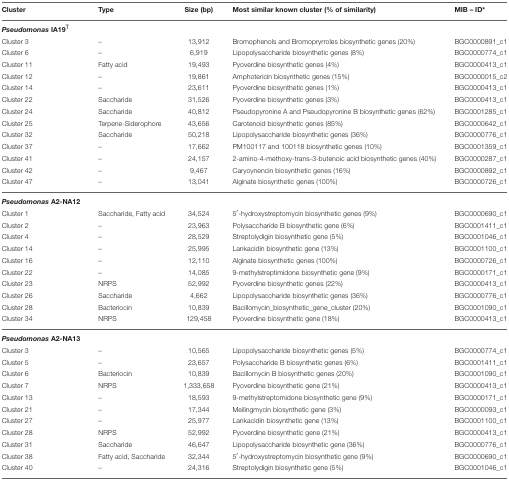
<table><thead><tr><td><b>Cluster</b></td><td><b>Type</b></td><td><b>Size (bp)</b></td><td><b>Most similar known cluster (% of similarity)</b></td><td><b>MIB – ID<sup>*</sup></b></td></tr></thead><tbody><tr><td><i><b>Pseudomonas</b></i><b>IA19</b><sup>T</sup></td></tr><tr><td>Cluster 3</td><td>–</td><td>13,912</td><td>Bromophenols and Bromopryrroles biosynthetic genes (20%)</td><td>BGC0000891_c1</td></tr><tr><td>Cluster 6</td><td>–</td><td>6,919</td><td>Lipopolysaccharide biosynthetic genes (8%)</td><td>BGC0000774_c1</td></tr><tr><td>Cluster 11</td><td>Fatty acid</td><td>19,493</td><td>Pyoverdine biosynthetic genes (4%)</td><td>BGC0000413_c1</td></tr><tr><td>Cluster 12</td><td>–</td><td>19,861</td><td>Amphotericin biosynthetic genes (15%)</td><td>BGC0000015_c2</td></tr><tr><td>Cluster 14</td><td>–</td><td>23,611</td><td>Pyoverdine biosynthetic genes (1%)</td><td>BGC0000413_c1</td></tr><tr><td>Cluster 22</td><td>Saccharide</td><td>31,526</td><td>Pyoverdine biosynthetic genes (3%)</td><td>BGC0000413_c1</td></tr><tr><td>Cluster 24</td><td>Saccharide</td><td>40,812</td><td>Pseudopyronine A and Pseudopyronine B biosynthetic genes (62%)</td><td>BGC0001285_c1</td></tr><tr><td>Cluster 25</td><td>Terpene-Siderophore</td><td>43,656</td><td>Carotenoid biosynthetic genes (85%)</td><td>BGC0000642_c1</td></tr><tr><td>Cluster 32</td><td>Saccharide</td><td>50,218</td><td>Lipopolysaccharide biosynthetic genes (36%)</td><td>BGC0000776_c1</td></tr><tr><td>Cluster 37</td><td>–</td><td>17,662</td><td>PM100117 and 100118 biosynthetic genes (10%)</td><td>BGC0001359_c1</td></tr><tr><td>Cluster 41</td><td>–</td><td>24,157</td><td>2-amino-4-methoxy-trans-3-butenoic acid biosynthetic genes (40%)</td><td>BGC0000287_c1</td></tr><tr><td>Cluster 42</td><td>–</td><td>9,467</td><td>Caryoynencin biosynthetic genes (16%)</td><td>BGC0000892_c1</td></tr><tr><td>Cluster 47</td><td>–</td><td>13,041</td><td>Alginate biosynthetic genes (100%)</td><td>BGC0000726_c1</td></tr><tr><td><i><b>Pseudomonas</b></i><b>A2-NA12</b></td></tr><tr><td>Cluster 1</td><td>Saccharide, Fatty acid</td><td>34,524</td><td>5′-hydroxystreptomycin biosynthetic genes (9%)</td><td>BGC0000690_c1</td></tr><tr><td>Cluster 2</td><td>–</td><td>23,963</td><td>Polysaccharide B biosynthetic gene (6%)</td><td>BGC0001411_c1</td></tr><tr><td>Cluster 4</td><td>–</td><td>28,529</td><td>Streptolydigin biosynthetic gene (5%)</td><td>BGC0001046_c1</td></tr><tr><td>Cluster 14</td><td>–</td><td>25,995</td><td>Lankacidin biosynthetic gene (13%)</td><td>BGC0001100_c1</td></tr><tr><td>Cluster 16</td><td>–</td><td>12,110</td><td>Alginate biosynthetic genes (100%)</td><td>BGC0000726_c1</td></tr><tr><td>Cluster 22</td><td>–</td><td>14,085</td><td>9-methylstreptimidone biosynthetic gene (9%)</td><td>BGC0000171_c1</td></tr><tr><td>Cluster 23</td><td>NRPS</td><td>52,992</td><td>Pyoverdine biosynthetic genes (22%)</td><td>BGC0000413_c1</td></tr><tr><td>Cluster 26</td><td>Saccharide</td><td>4,662</td><td>Lipopolysaccharide biosynthetic genes (36%)</td><td>BGC0000776_c1</td></tr><tr><td>Cluster 28</td><td>Bacteriocin</td><td>10,839</td><td>Bacillomycin_biosynthetic_gene_cluster (20%)</td><td>BGC0001090_c1</td></tr><tr><td>Cluster 34</td><td>NRPS</td><td>129,458</td><td>Pyoverdine biosynthetic gene (18%)</td><td>BGC0000413_c1</td></tr><tr><td><i><b>Pseudomonas</b></i><b>A2-NA13</b></td></tr><tr><td>Cluster 3</td><td>–</td><td>10,565</td><td>Lipopolysaccharide biosynthetic genes (5%)</td><td>BGC0000774_c1</td></tr><tr><td>Cluster 5</td><td>–</td><td>23,657</td><td>Polysaccharide B biosynthetic genes (6%)</td><td>BGC0001411_c1</td></tr><tr><td>Cluster 6</td><td>Bacteriocin</td><td>10,839</td><td>Bacillomycin B biosynthetic genes (20%)</td><td>BGC0001090_c1</td></tr><tr><td>Cluster 7</td><td>NRPS</td><td>1,333,658</td><td>Pyoverdine biosynthetic gene (21%)</td><td>BGC0000413_c1</td></tr><tr><td>Cluster 13</td><td>–</td><td>18,593</td><td>9-methylstreptomidone biosynthetic gene (9%)</td><td>BGC0000171_c1</td></tr><tr><td>Cluster 21</td><td>–</td><td>17,344</td><td>Meilingmycin biosynthetic gene (3%)</td><td>BGC0000093_c1</td></tr><tr><td>Cluster 27</td><td>–</td><td>25,977</td><td>Lankacidin biosynthetic gene (13%)</td><td>BGC0001100_c1</td></tr><tr><td>Cluster 28</td><td>NRPS</td><td>52,992</td><td>Pyoverdine biosynthetic gene (21%)</td><td>BGC0000413_c1</td></tr><tr><td>Cluster 31</td><td>Saccharide</td><td>46,647</td><td>Lipopolysaccharide biosynthetic gene (36%)</td><td>BGC0000776_c1</td></tr><tr><td>Cluster 38</td><td>Fatty acid, Saccharide</td><td>32,344</td><td>5′-hydroxystreptomycin biosynthetic gene (9%)</td><td>BGC0000690_c1</td></tr><tr><td>Cluster 40</td><td>–</td><td>24,316</td><td>Streptolydigin biosynthetic gene (5%)</td><td>BGC0001046_c1</td></tr></tbody></table>